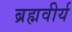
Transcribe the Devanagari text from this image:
ब्रह्मवीर्य